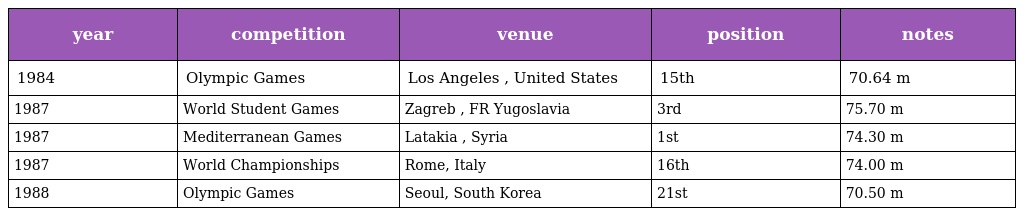
| year | competition | venue | position | notes |
 | --- | --- | --- | --- | --- |
 | 1984 | Olympic Games | Los Angeles , United States | 15th | 70.64 m |
 | 1987 | World Student Games | Zagreb , FR Yugoslavia | 3rd | 75.70 m |
 | 1987 | Mediterranean Games | Latakia , Syria | 1st | 74.30 m |
 | 1987 | World Championships | Rome, Italy | 16th | 74.00 m |
 | 1988 | Olympic Games | Seoul, South Korea | 21st | 70.50 m |